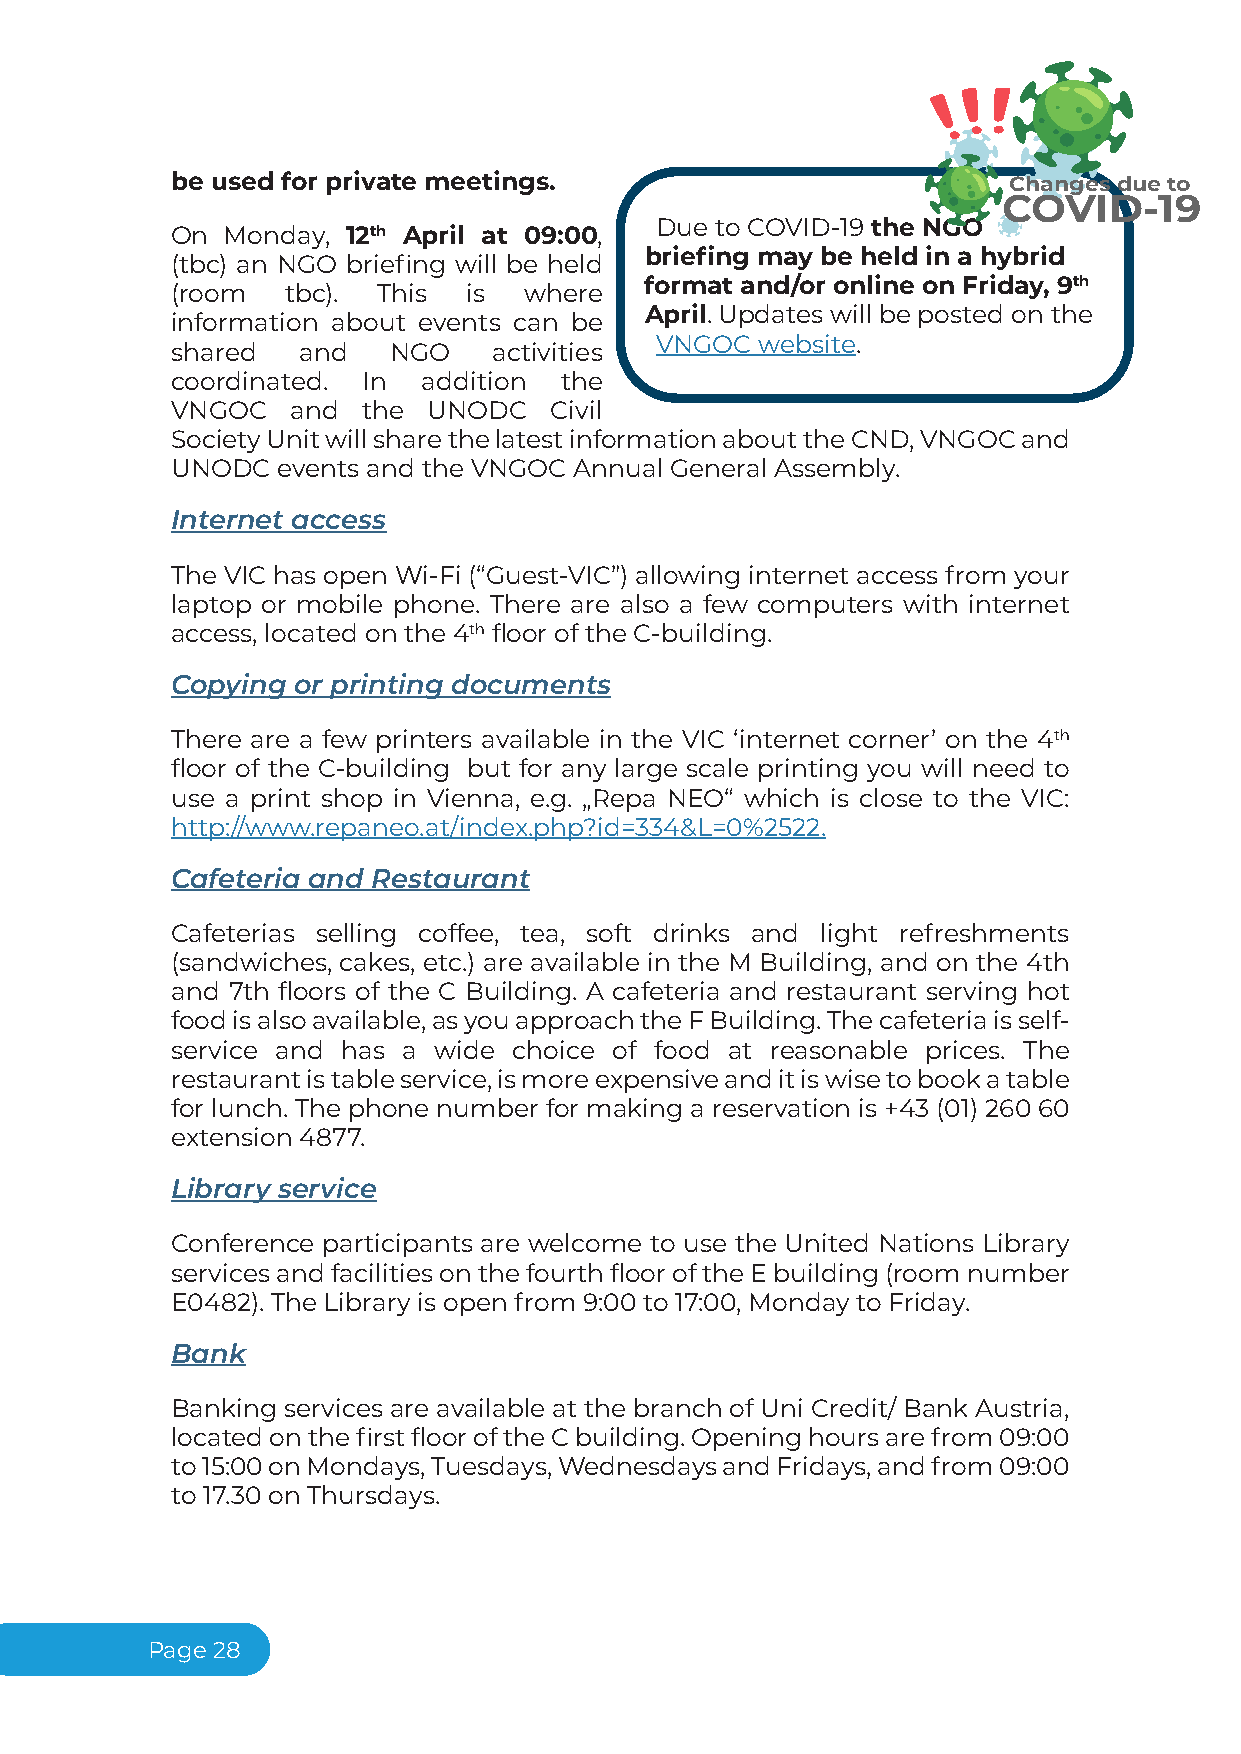
be used for private meetings.                           Changesdueto
 COVID-19
 Due to COVID-19 the NGO
 On  Monday, 12th April at 09:00,
 briefing may be held in a hybrid
 (tbc) an NGO briefing will be held
 format and/or online on Friday, 9th
 (room   tbc). This  is  where
 April. Updates will be posted on the
 information about events can be
 VNGOC  website.
 shared   and   NGO    activities
 coordinated. In  addition the
 VNGOC   and  the UNODC   Civil
 SocietyUnitwillsharethelatestinformationabouttheCND,VNGOCand
 UNODC  events and the VNGOC Annual General Assembly.
 Internet access
 The VIC has open Wi-Fi (“Guest-VIC”) allowing internet access from your
 laptop or mobile phone. There are also a few computers with internet
 access, located on the 4th floor of the C-building.
 Copying or printing documents
 There are a few printers available in the VIC ‘internet corner’ on the 4th
 floor of the C-building but for any large scale printing you will need to
 use a print shop in Vienna, e.g. „Repa NEO“ which is close to the VIC:
 http://www.repaneo.at/index.php?id=334&L=0%2522.
 Cafeteria and Restaurant
 Cafeterias selling coffee, tea, soft drinks and light refreshments
 (sandwiches, cakes, etc.) are available in the M Building, and on the 4th
 and 7th floors of the C Building. A cafeteria and restaurant serving hot
 foodisalsoavailable,asyouapproachtheFBuilding.Thecafeteriaisself-
 service and has a wide choice of food at reasonable prices. The
 restaurantistableservice,ismoreexpensiveanditiswisetobookatable
 for lunch. The phone number for making a reservation is +43 (01) 260 60
 extension 4877.
 Library service
 Conference participants are welcome to use the United Nations Library
 servicesandfacilitiesonthefourthflooroftheEbuilding(roomnumber
 E0482). The Library is open from 9:00 to 17:00, Monday to Friday.
 Bank
 Banking services are available at the branch of Uni Credit/ Bank Austria,
 locatedonthefirstflooroftheCbuilding.Openinghoursarefrom09:00
 to15:00onMondays,Tuesdays,WednesdaysandFridays,andfrom09:00
 to 17.30 on Thursdays.
 Page28